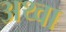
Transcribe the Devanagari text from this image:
अथ्‍वा